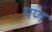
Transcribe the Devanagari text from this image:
यण